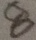
8